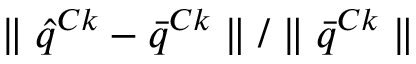
\parallel \hat { q } ^ { C k } - \bar { q } ^ { C k } \parallel / \parallel \bar { q } ^ { C k } \parallel